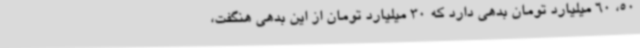
50، 60 میلیارد تومان بدهی دارد که 30 میلیارد تومان از این بدهی هنگفت،